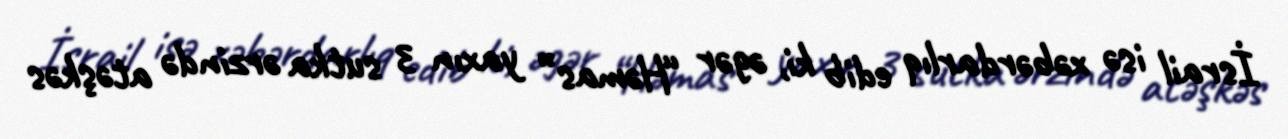
İsrail isə xəbərdarlıq edib ki, əgər “Həmas” yaxın 3 sutka ərzində atəşkəs